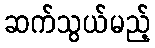
ဆက်သွယ်မည့်